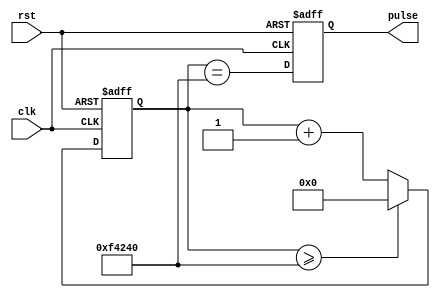
`timescale 1ns / 1ps

module pulsar(clk, rst, pulse);
  parameter FACTOR = 1_000_000;
  input clk;
  input rst;
  output pulse;
  
  reg pulse = 0;
  reg [31:0] count = 0;
    
  always @(posedge clk or posedge rst) begin
    if (rst == 1) begin
		count <= 1'b0;
		pulse <= 1'b0;
    end else begin
	   pulse <= (count == FACTOR);
		count <= (count >= FACTOR) ? 0 : count + 1'd1;
	 end
  end

endmodule